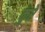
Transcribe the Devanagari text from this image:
कुरे